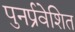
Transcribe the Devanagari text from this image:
पुनर्प्रवेशित